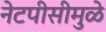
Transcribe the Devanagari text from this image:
नेटपीसीमुळे